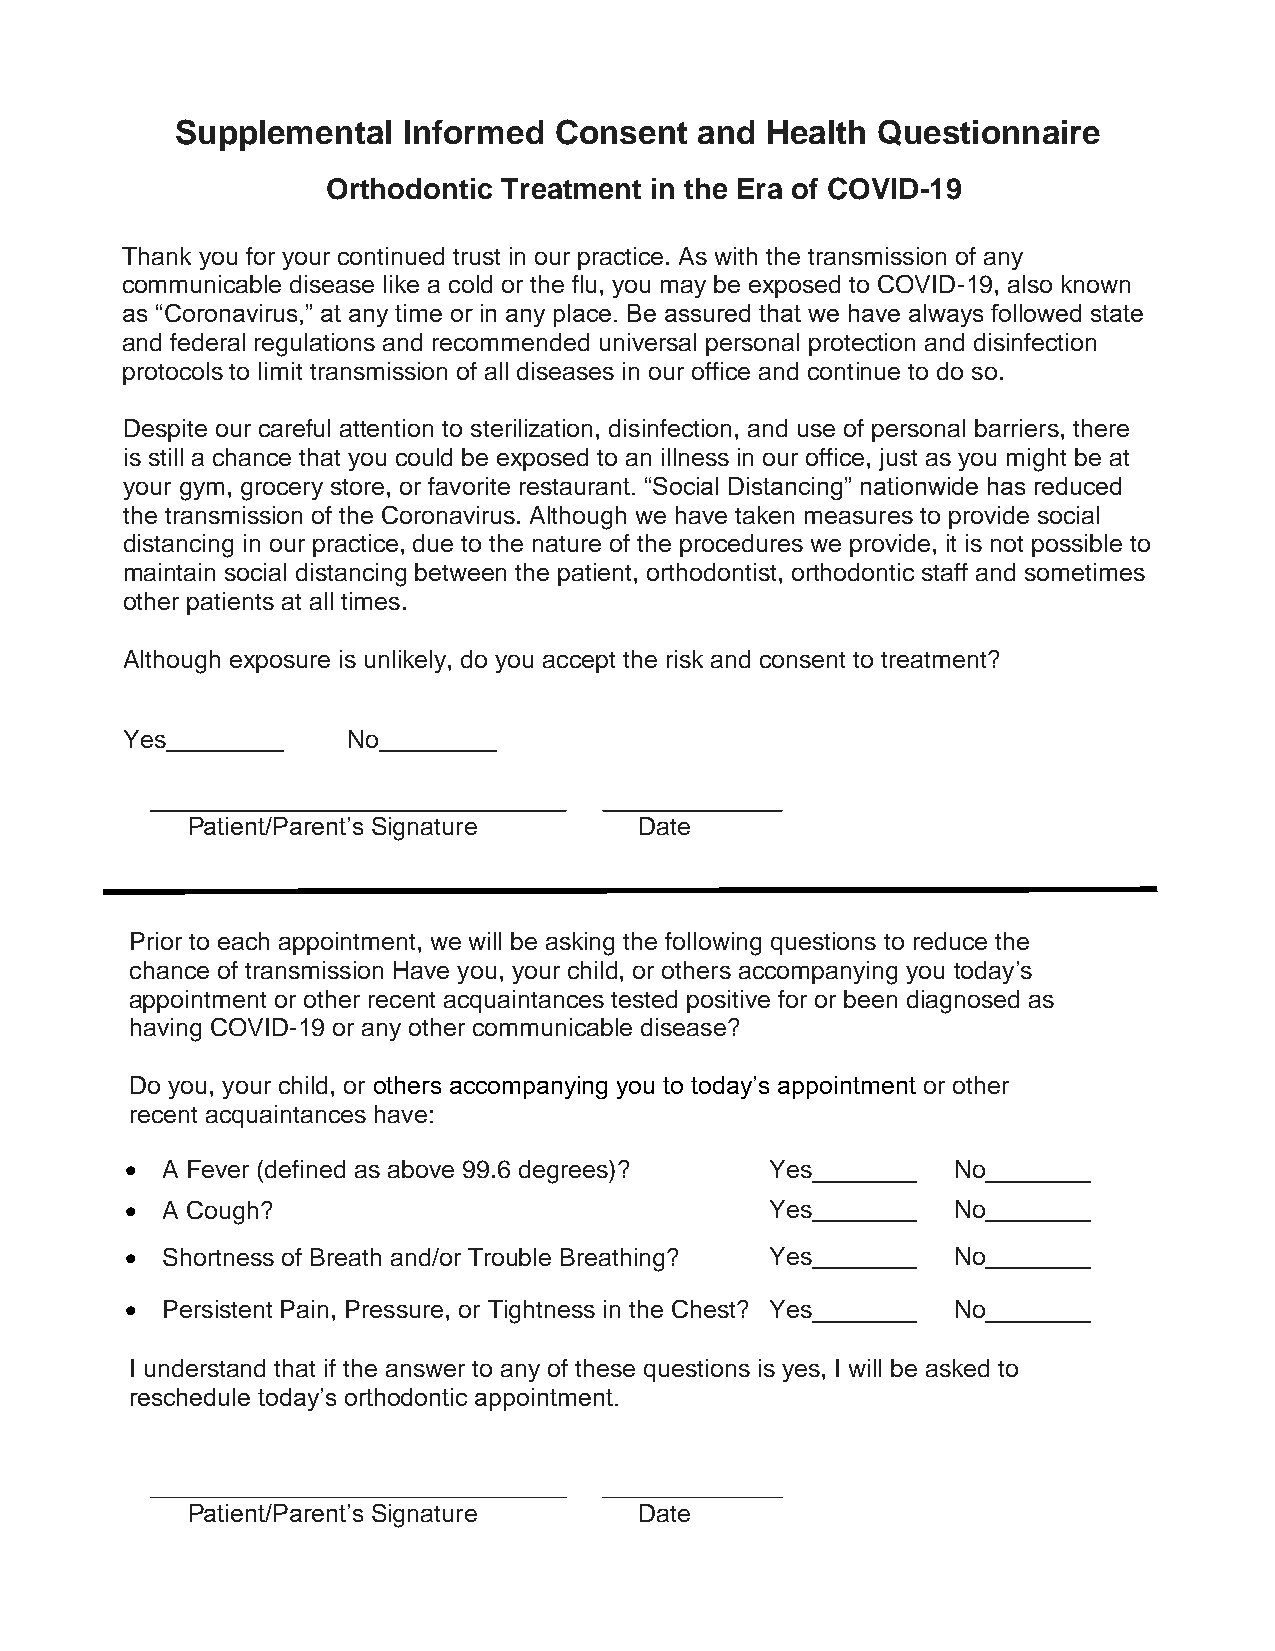
Supplemental   Informed  Consent  and  Health Questionnaire
 Orthodontic Treatment in the Era of COVID-19
 Thank you for your continued trust in our practice. As with the transmission of any
 communicable disease like a cold or the flu, you may be exposed to COVID-19, also known
 as “Coronavirus,” at any time or in any place. Be assured that we have always followed state
 and federal regulations and recommended universal personal protection and disinfection
 protocols to limit transmission of all diseases in our office and continue to do so.
 Despite our careful attention to sterilization, disinfection, and use of personal barriers, there
 is still a chance that you could be exposed to an illness in our office, just as you might be at
 your gym, grocery store, or favorite restaurant. “Social Distancing” nationwide has reduced
 the transmission of the Coronavirus. Although we have taken measures to provide social
 distancing in our practice, due to the nature of the procedures we provide, it is not possible to
 maintain social distancing between the patient, orthodontist, orthodontic staff and sometimes
 other patients at all times.
 Although exposure is unlikely, do you accept the risk and consent to treatment?
 Yes            No
 Patient/Parent’s Signature    Date
 Prior to each appointment, we will be asking the following questions to reduce the
 chance of transmission Have you, your child, or others accompanying you today’s
 appointment or other recent acquaintances tested positive for or been diagnosed as
 having COVID-19 or any other communicable disease?
 Do you, your child, or others accompanying you to today’s appointment or other
 recent acquaintances have:
 •  A Fever (defined as above 99.6 degrees)? Yes        No
 •  A Cough?                                Yes         No
 •  Shortness of Breath and/or Trouble Breathing? Yes   No
 •  Persistent Pain, Pressure, or Tightness in the Chest? Yes No
 I understand that if the answer to any of these questions is yes, I will be asked to
 reschedule today’s orthodontic appointment.
 Patient/Parent’s Signature    Date